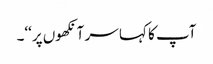
آپ کا کہا سر آنکھوں پر‘‘۔